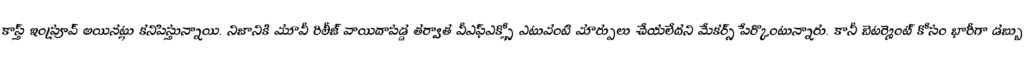
కాస్త్ ఇంప్రూవ్ అయినట్లు కనిపిస్తున్నాయి. నిజానికి మూవీ రిలీజ్ వాయిదాపడ్డ తర్వాత వీఎఫ్ఎక్స్లో ఎటువంటి మార్పులు చేయలేదని మేకర్స్ పేర్కొంటున్నారు. కానీ బెటర్మెంట్ కోసం భారీగా డబ్బు